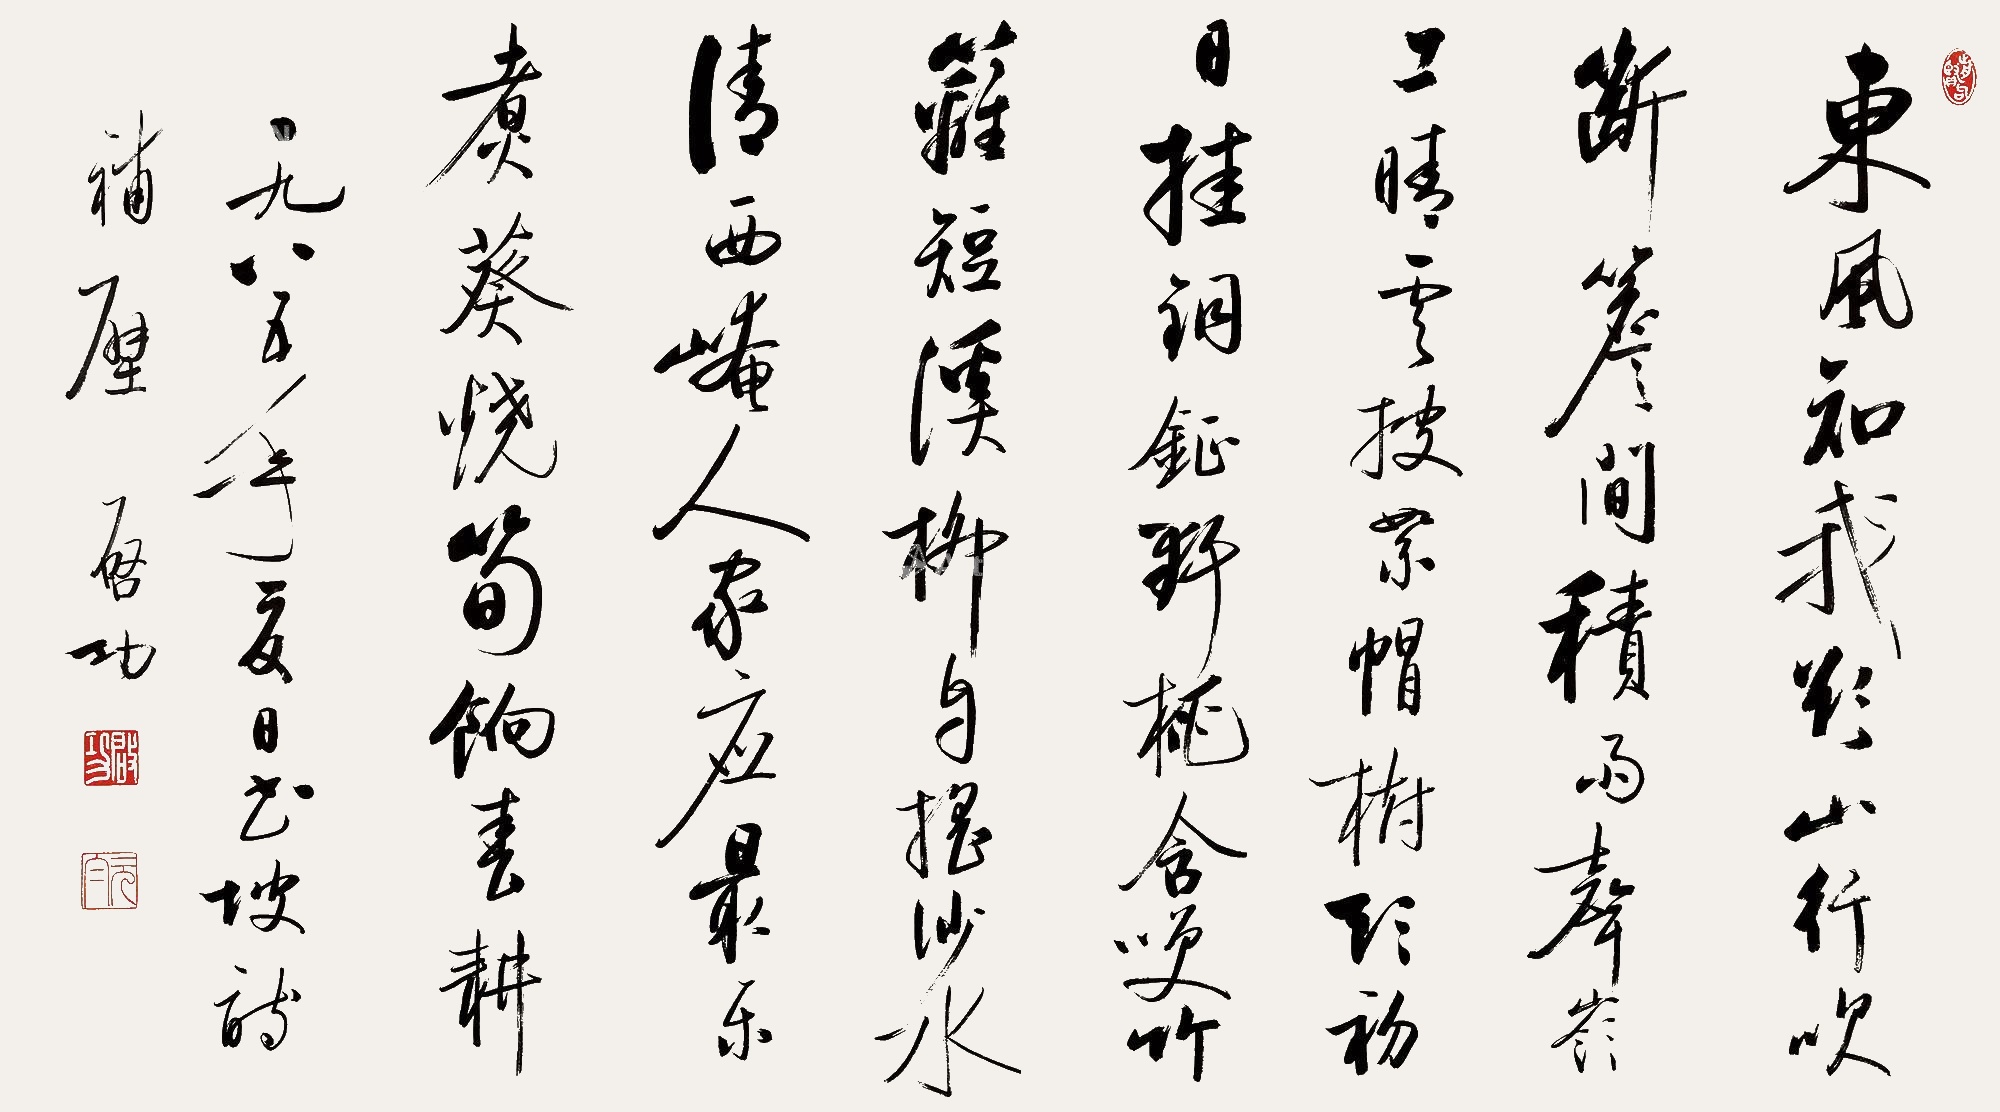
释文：东风知我欲山行，吹断薝间积雨声。岭上晴云披絮帽，树头初日挂铜钲。野桃含笑竹篱短，溪柳自摇沙水清。西崦人家应最乐，煮葵烧笋饷春耕。一九八五年夏日，书坡诗补壁。启功。